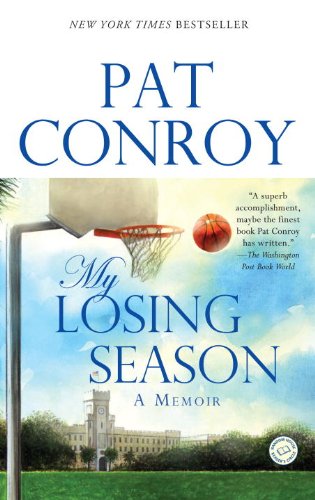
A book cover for My Losing Season: A Memoir; Pat Conroy; Biographies & Memoirs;